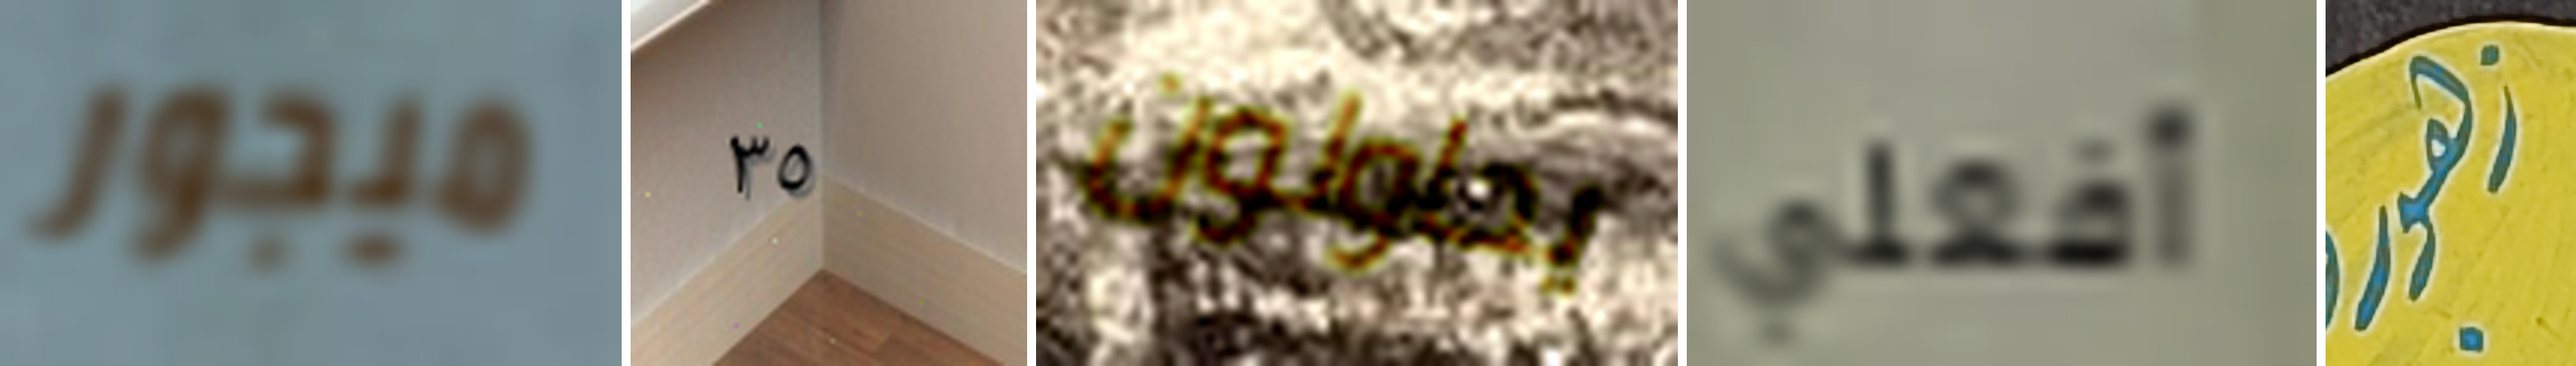
ميجور ٣٥ يحاولون أفعلي زهور